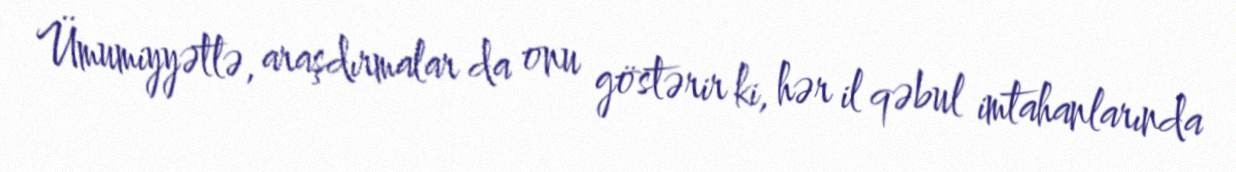
Ümumiyyətlə, araşdırmalar da onu göstərir ki, hər il qəbul imtahanlarında